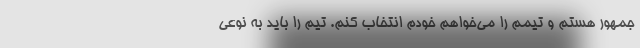
جمهور هستم و تیمم را می‌خواهم خودم انتخاب کنم. تیم را باید به نوعی